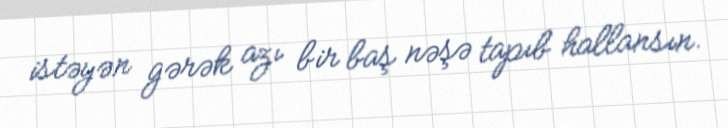
istəyən gərək azı bir baş nəşə tapıb hallansın.